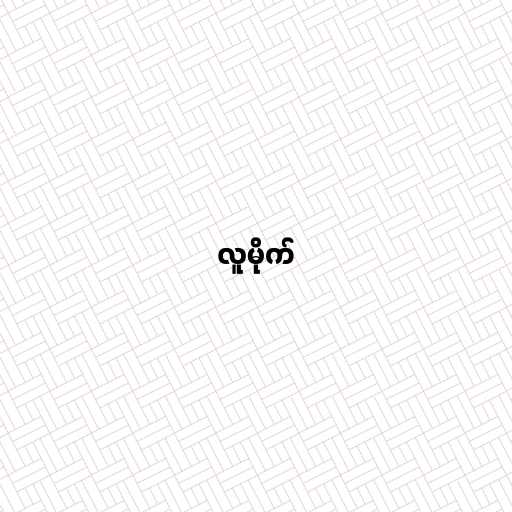
လူမိုက်